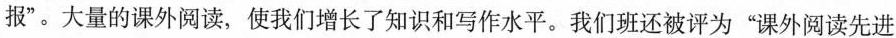
报”。大量的课外阅读，使我们增长了知识和写作水平。我们班还被评为”课外阅读先进